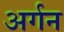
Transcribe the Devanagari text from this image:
अर्गन